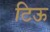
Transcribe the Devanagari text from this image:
टिऊ